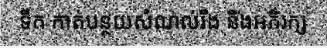
ទឹក កាត់បន្ថយសំណល់រឹង និងអភិរក្ស